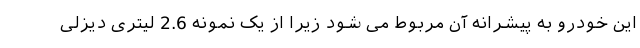
این خودرو به پیشرانه آن مربوط می شود زیرا از یک نمونه 2.6 لیتری دیزلی